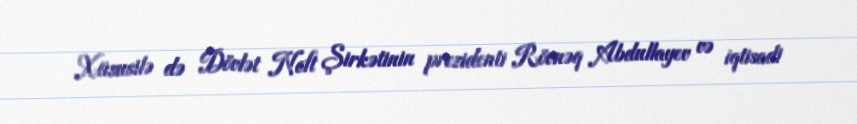
Xüsusilə də Dövlət Neft Şirkətinin prezidenti Rövnəq Abdullayev və iqtisadi